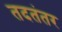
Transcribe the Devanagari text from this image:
तदतंतर